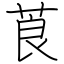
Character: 莨